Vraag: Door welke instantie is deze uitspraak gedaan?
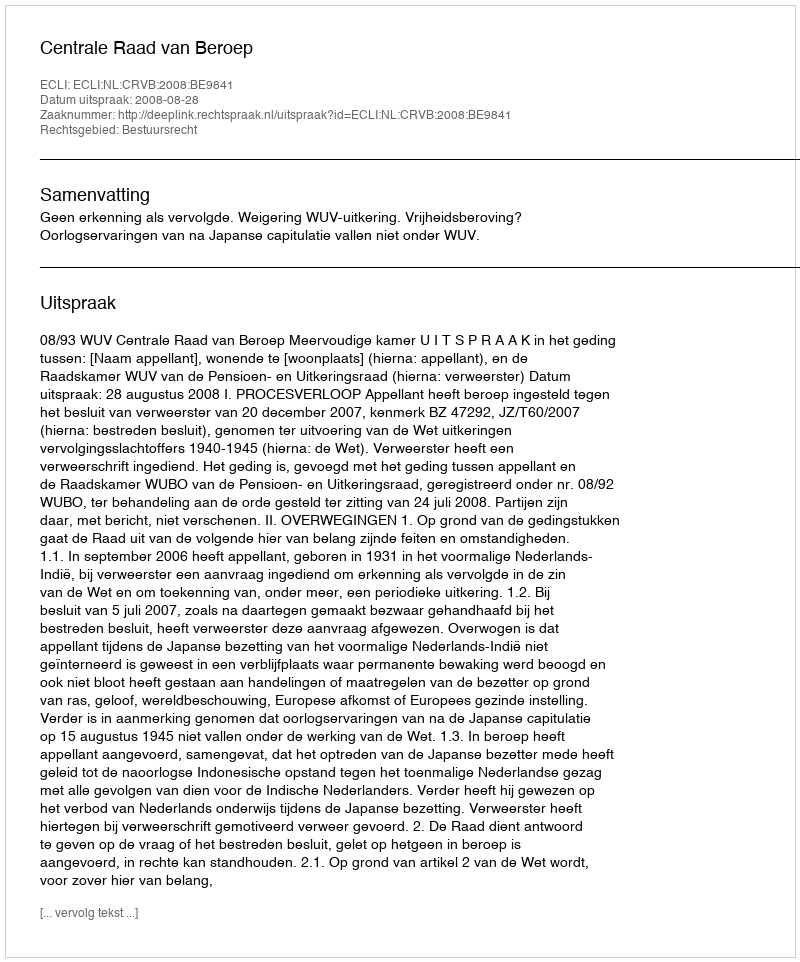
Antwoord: Centrale Raad van Beroep